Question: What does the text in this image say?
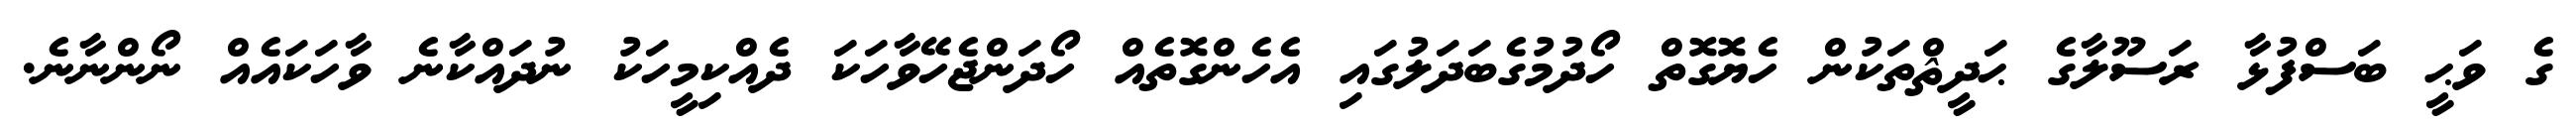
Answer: ގެ ވަޙީ ބަސްފުޅާ ރަސޫލާގެ ޙަދީޘްތަކުން ހެޔޮގޮތް ހޯދުމުގެބަދަލުގައި އެހެންގޮތެއް ހޯދަންޖެހޭވާހަކަ ދެއްކިމީހަކު ނުދައްކާނެ ވާހަކައެއް ނޯންނާނެ.